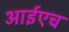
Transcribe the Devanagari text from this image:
आईएच